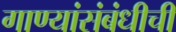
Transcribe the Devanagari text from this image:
गाण्यांसंबंधीची